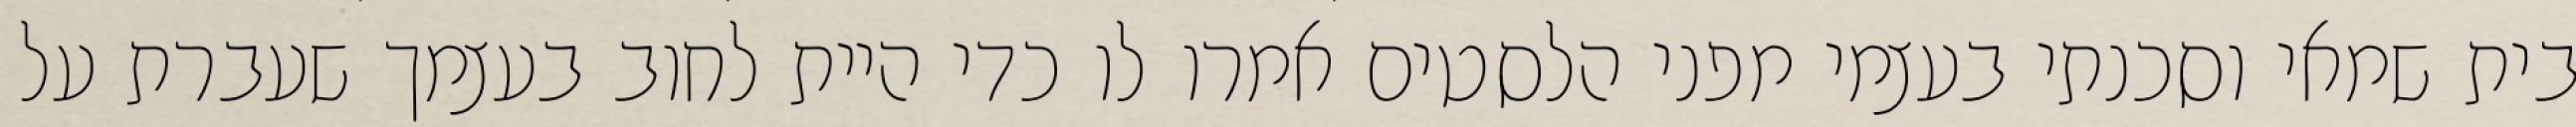
בית שמאי וסכנתי בעצמי מפני הלסטים אמרו לו כדי היית לחוב בעצמך שעברת על